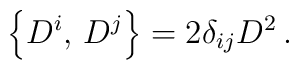
\left\{D^i,\,D^j\right\}=2\delta_{ij} D^2\,.